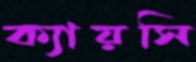
ক্যায়সি